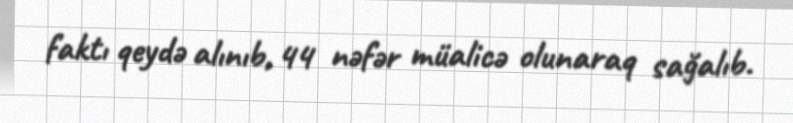
faktı qeydə alınıb, 44 nəfər müalicə olunaraq sağalıb.